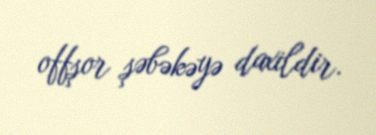
offşor şəbəkəyə daxildir.